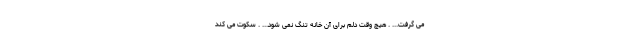
می گرفت... . هیچ وقت دلم برای آن خانه تنگ نمی شود... . سکوت می کند